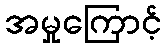
အမှုကြောင့်